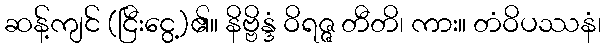
ဆန့်ကျင် (ငြီးငွေ့)၏။ နိဗ္ဗိန္ဒံ ဝိရဇ္ဇ တီတိ၊ ကား။ တံဝိပဿနံ၊